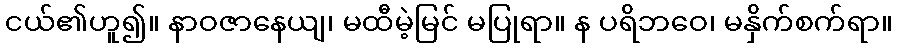
ငယ်၏ဟူ၍။ နာဝဇာနေယျ၊ မထီမဲ့မြင် မပြုရာ။ န ပရိဘဝေ၊ မနှိက်စက်ရာ။